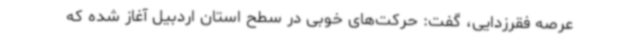
عرصه فقرزدایی، گفت: حرکت‌های خوبی در سطح استان اردبیل آغاز شده که